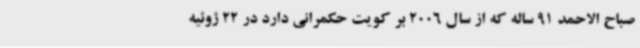
صباح الاحمد 91 ساله که از سال 2006 بر کویت حکمرانی دارد در 22 ژوئیه